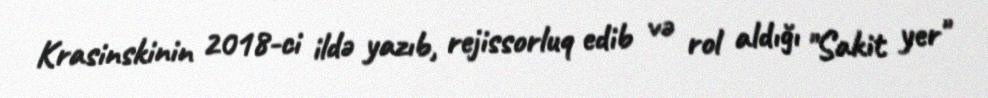
Krasinskinin 2018-ci ildə yazıb, rejissorluq edib və rol aldığı "Sakit yer"